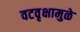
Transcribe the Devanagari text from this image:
वटवृक्षामुळे